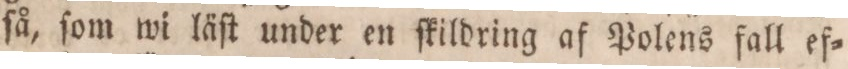
ſå, ſom wi läſt under en ſkildring af Polens fall ef=